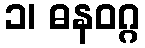
၁၊ ဓနဝဂ္ဂ